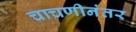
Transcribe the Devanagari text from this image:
चाचणीनंतर